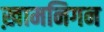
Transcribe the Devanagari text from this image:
ख़ामनिगन